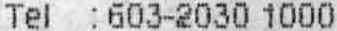
TEL :603-2030 1000